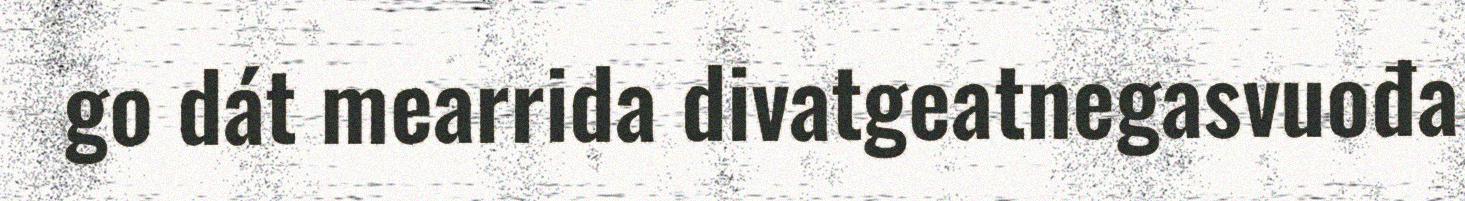
go dát mearrida divatgeatnegasvuođa